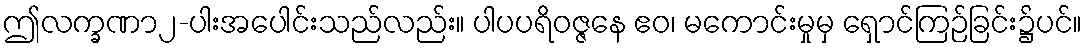
ဤလက္ခဏာ၂-ပါးအပေါင်းသည်လည်း။ ပါပပရိဝဇ္ဇနေ ဧဝ၊ မကောင်းမှုမှ ရှောင်ကြဉ်ခြင်း၌ပင်။